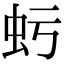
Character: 𧈯